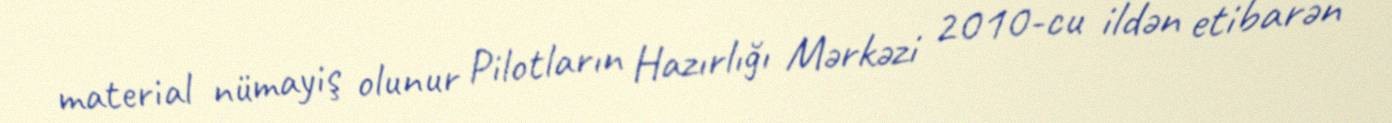
material nümayiş olunur Pilotların Hazırlığı Mərkəzi 2010-cu ildən etibarən